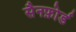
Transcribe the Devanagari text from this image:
सैनफ़ोर्ड